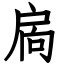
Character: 扄